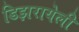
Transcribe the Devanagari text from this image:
डिझरायेली